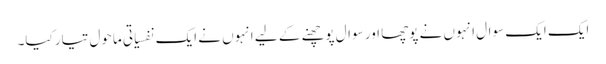
ایک ایک سوال انہوں نے پوچھا اور سوال پوچھنے کے لیے انہوں نے ایک نفسیاتی ماحول تیار کیا۔